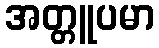
အတ္တူပမာ